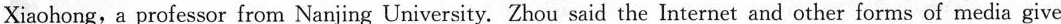
The change of roles comes from the rapid development of society and technology，according to Zhou